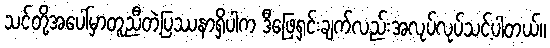
သင်တို့အပေါ်မှာတူညီတဲ့ပြဿနာရှိပါက ဒီဖြေရှင်းချက်လည်းအလုပ်လုပ်သင့်ပါတယ်။